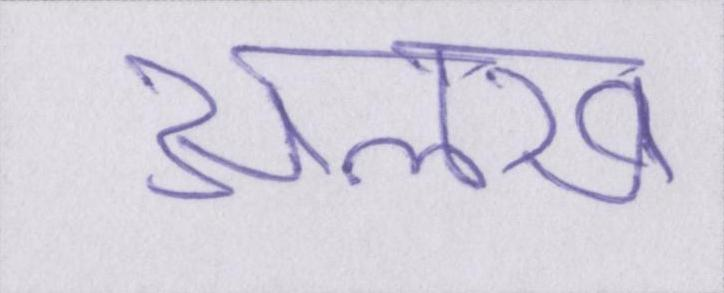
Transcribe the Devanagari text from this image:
अलख